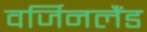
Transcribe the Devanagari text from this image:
वर्जिनलैंड